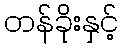
တန်ခိုးနှင့်